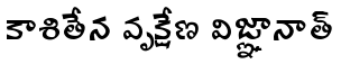
కాశితేన వృక్షేణ విజ్ఞానాత్